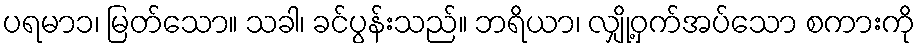
ပရမာ၁၊ မြတ်သော။ သခါ၊ ခင်ပွန်းသည်။ ဘရိယာ၊ လျှို့ဝှက်အပ်သော စကားကို